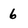
Character: 6